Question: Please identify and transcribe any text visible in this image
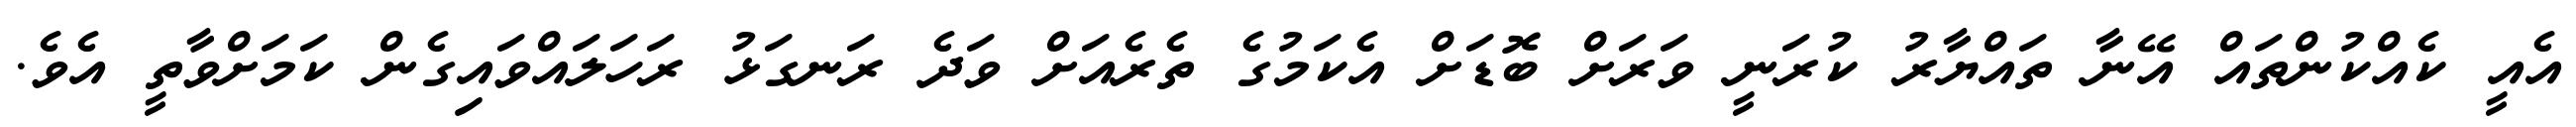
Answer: އެއީ ކެއްކުންތައް އޭނާ ތައްޔާރު ކުރަނީ ވަރަށް ބޮޑަށް އެކަމުގެ ތެރެއަށް ވަދެ ރަނގަޅު ރަހަލައްވައިގެން ކަމަށްވާތީ އެވެ.